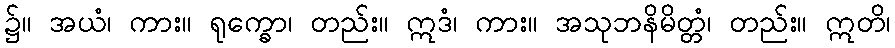
၌။ အယံ၊ ကား။ ရုက္ခော၊ တည်း။ ဣဒံ၊ ကား။ အသုဘနိမိတ္တံ၊ တည်း။ ဣတိ၊